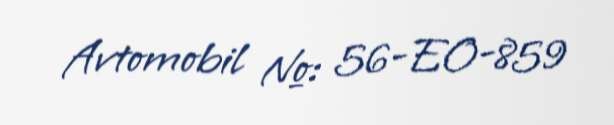
Avtomobil №: 56-EO-859